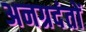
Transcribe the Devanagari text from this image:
अनग्रदंतों